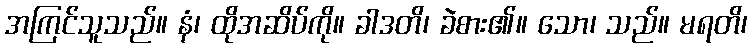
အကြင်သူသည်။ နံ၊ ထိုအဆိပ်ကို။ ခါဒတိ၊ ခဲစား၏။ သော၊ သည်။ မရတိ၊